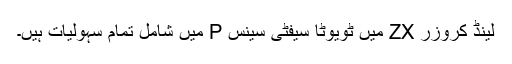
لینڈ کروزر ZX میں ٹویوٹا سیفٹی سینس P میں شامل تمام سہولیات ہیں۔